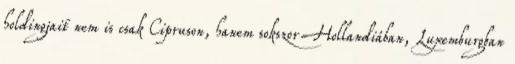
holdingjait nem is csak Cipruson, hanem sokszor Hollandiában, Luxemburgban